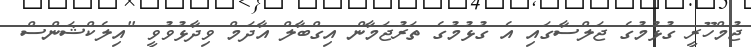
ޖުމްހޫރީ ގުޅުމުގެ ޖަލްސާގައި އެ ގުޅުމުގެ ތަރުޖަމާން އިގްބާލް އާދަމް ވިދާޅުވުވީ "އިލެކްޝަންސް